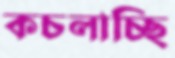
কচলাচ্ছি